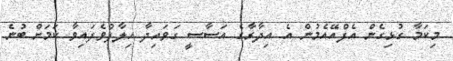
މިކަމާ ގުޅިގެން އެފްއޭއެމުން އެ އިދާރާގެ އަސާސީ ގަވައިދާ ހިލާފުވެފައިވާ ކަމަށް ބުނެ